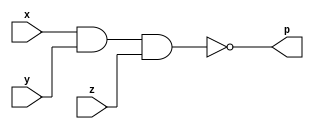
//testbench file - nand_tb.v

module nandgate(
    input x,
    input y,
    input z,
    output p
);

assign p = ~(x&y&z);
endmodule